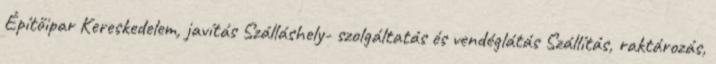
Építőipar Kereskedelem, javítás Szálláshely- szolgáltatás és vendéglátás Szállítás, raktározás,